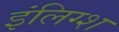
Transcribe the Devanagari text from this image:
इंलिग्श